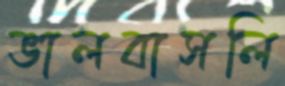
ভালবাসলি